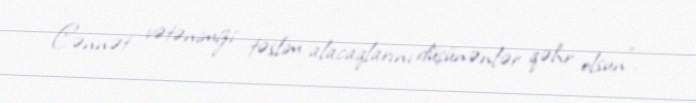
Cənnət vətənimizi təslim alacaqlarını düşünənlər qəhr olsun”.